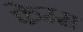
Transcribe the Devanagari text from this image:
फेम्म